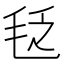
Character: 𣭛